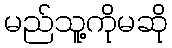
မည်သူ့ကိုမဆို